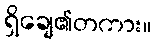
ရှိချေ၏တကား။